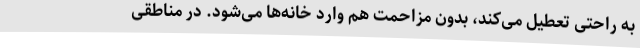
به راحتی تعطیل می‌کند، بدون مزاحمت هم وارد خانه‌ها می‌شود. در مناطقی